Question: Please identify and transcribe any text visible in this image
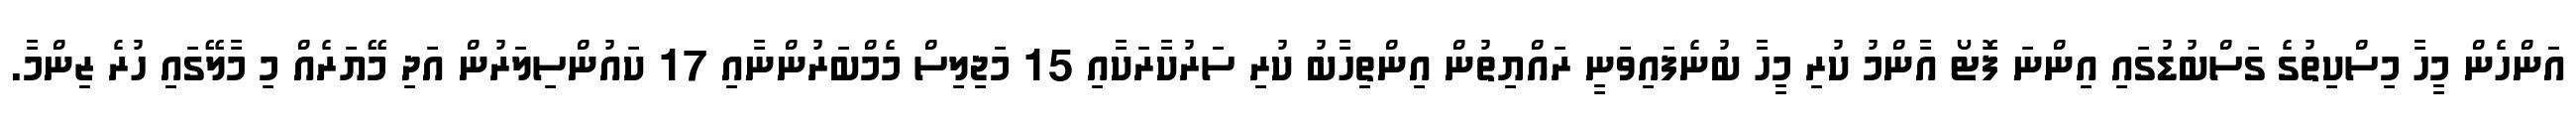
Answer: އަންހެން މީހާ މިސްކިތުގެ ގަސްބުޑުގައި އިންނަ ފޮޓޯ އާންމު ކުރި މީހާ ބުނެފައިވަނީ ރައްޔިތުން އިންތިހާބު ކުރި ސަރުކާރަކާއި 15 މަޖިލިސް މެމްބަރުންނާއި 17 ކައުންސިލަރުން އަދި މޭޔަރެއް މި މާލޭގައި ހުރެ ޒިންމާ.